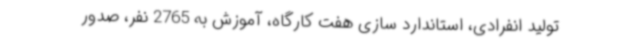
تولید انفرادی، استاندارد سازی هفت کارگاه، آموزش به 2765 نفر، صدور